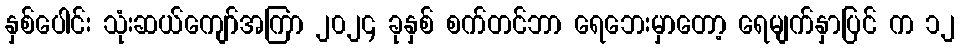
နှစ်ပေါင်း သုံးဆယ်ကျော်အကြာ ၂၀၂၄ ခုနှစ် စက်တင်ဘာ ရေဘေးမှာတော့ ရေမျက်နှာပြင် က ၁၂